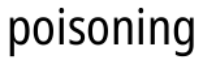
poisoning